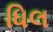
ધિલ